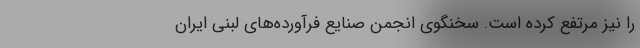
را نیز مرتفع کرده است. سخنگوی انجمن صنایع فرآورده‌های لبنی ایران